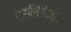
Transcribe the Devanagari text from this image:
प्रतिविकला